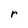
Character: r